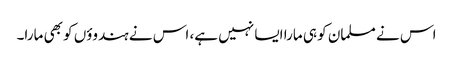
اس نے مسلمان کو ہی مارا ایسا نہیں ہے، اس نے ہندوؤں کو بھی مارا۔